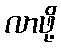
လာဖို့